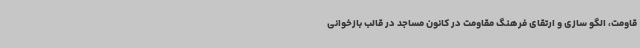
قاومت، الگو سازی و ارتقای فرهنگ مقاومت در کانون مساجد در قالب بازخوانی